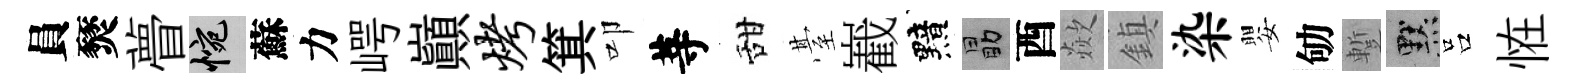
員燹瞢惋蘇力崿巔烤箕叩䓁甜䑓嶻黯勗酉歘鎮染嬰劬蹔默吕恠